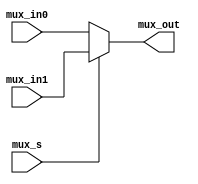
`timescale 1ns/1ns

module Mux2_1_5(
    input [4:0]mux_in0,
    input [4:0]mux_in1,
    input mux_s,
    output reg[4:0]mux_out

);

always @* mux_out = (!mux_s) ? mux_in0 : mux_in1;

endmodule